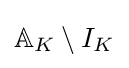
\mathbb {A} _{K}\setminus I_{K}